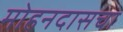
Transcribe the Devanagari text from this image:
मोहनदासचा